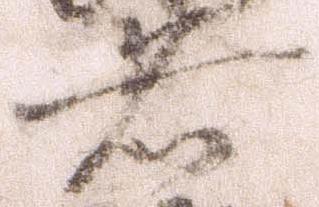
者